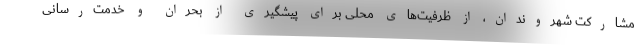
مشارکت شهروندان، از ظرفیت‌های محلی برای پیشگیری از بحران و خدمت‌رسانی